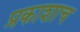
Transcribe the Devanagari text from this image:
प्रकाशाच